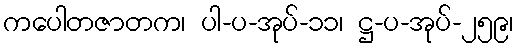
ကပေါတဇာတက၊ ပါ-ပ-အုပ်-၁၁၊ ဋ္ဌ-ပ-အုပ်-၂၅၉၊